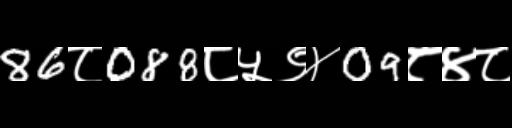
Text: 86८088८५९४09८४८